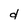
Character: d